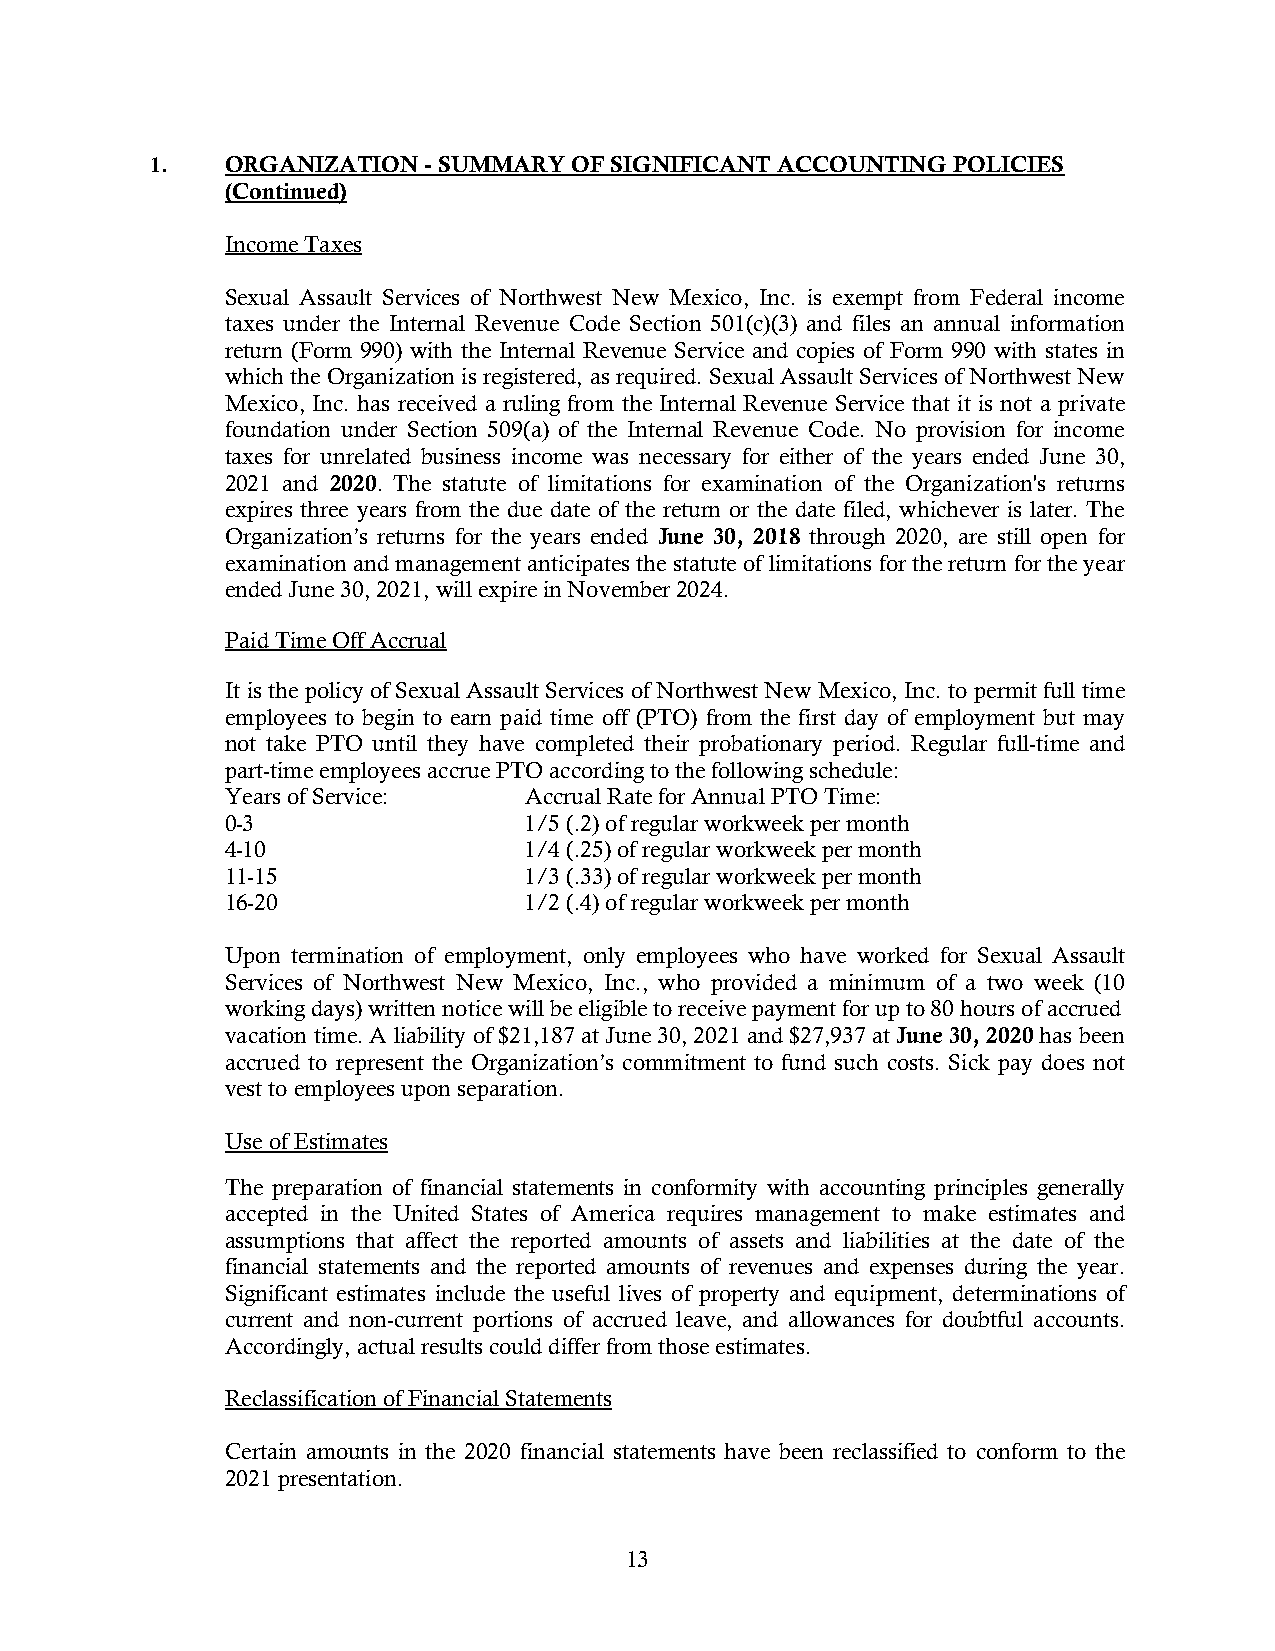
1.   ORGANIZATION - SUMMARY OF SIGNIFICANT ACCOUNTING POLICIES
 (Continued)
 Income Taxes
 Sexual Assault Services of Northwest New Mexico, Inc. is exempt from Federal income
 taxes under the Internal Revenue Code Section 501(c)(3) and files an annual information
 return (Form 990) with the Internal Revenue Service and copies of Form 990 with states in
 which the Organization is registered, as required. Sexual Assault Services of Northwest New
 Mexico, Inc. has received a ruling from the Internal Revenue Service that it is not a private
 foundation under Section 509(a) of the Internal Revenue Code. No provision for income
 taxes for unrelated business income was necessary for either of the years ended June 30,
 2021 and 2020. The statute of limitations for examination of the Organization's returns
 expires three years from the due date of the return or the date filed, whichever is later. The
 Organization’s returns for the years ended June 30, 2018 through 2020, are still open for
 examination and management anticipates the statute of limitations for the return for the year
 ended June 30, 2021, will expire in November 2024.
 Paid Time Off Accrual
 It is the policy of Sexual Assault Services of Northwest New Mexico, Inc. to permit full time
 employees to begin to earn paid time off (PTO) from the first day of employment but may
 not take PTO until they have completed their probationary period. Regular full-time and
 part-time employees accrue PTO according to the following schedule:
 Years of Service:   Accrual Rate for Annual PTO Time:
 0-3                 1/5 (.2) of regular workweek per month
 4-10                1/4 (.25) of regular workweek per month
 11-15               1/3 (.33) of regular workweek per month
 16-20               1/2 (.4) of regular workweek per month
 Upon termination of employment, only employees who have worked for Sexual Assault
 Services of Northwest New Mexico, Inc., who provided a minimum of a two week (10
 working days) written notice will be eligible to receive payment for up to 80 hours of accrued
 vacation time. A liability of $21,187 at June 30, 2021 and $27,937 at June 30, 2020 has been
 accrued to represent the Organization’s commitment to fund such costs. Sick pay does not
 vest to employees upon separation.
 Use of Estimates
 The preparation of financial statements in conformity with accounting principles generally
 accepted in the United States of America requires management to make estimates and
 assumptions that affect the reported amounts of assets and liabilities at the date of the
 financial statements and the reported amounts of revenues and expenses during the year.
 Significant estimates include the useful lives of property and equipment, determinations of
 current and non-current portions of accrued leave, and allowances for doubtful accounts.
 Accordingly, actual results could differ from those estimates.
 Reclassification of Financial Statements
 Certain amounts in the 2020 financial statements have been reclassified to conform to the
 2021 presentation.
 13